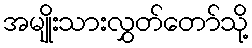
အမျိုးသားလွှတ်တော်သို့